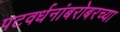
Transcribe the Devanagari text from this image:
पटवर्धनांबरोबरच्या